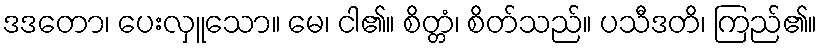
ဒဒတော၊ ပေးလှူသော။ မေ၊ ငါ၏။ စိတ္တံ၊ စိတ်သည်။ ပသီဒတိ၊ ကြည်၏။